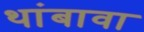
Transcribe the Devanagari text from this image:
थांबावा